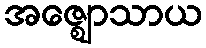
အဇ္ဈောသာယ